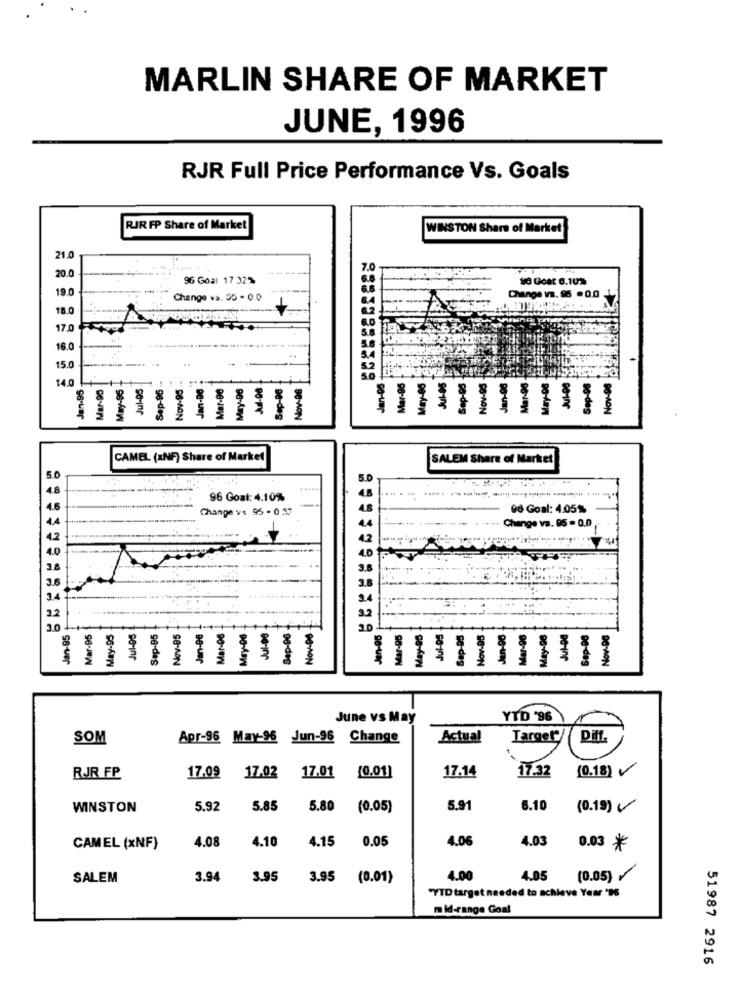
MARLIN SHARE OF MARKET
JUNE, 1996
RJR Full Price Performance Vs. Goals
RIR FP Share of Market
WINSTON Share of Market
21.
20.
96 Goal 17 32%
90 Goat 6.10%
19.0
---
hangs V. 95 . 0.0
Change va. 55 - 0.0
18.0
17.0
16.0
15.0
Jules
Mar-96.
May-08
14.0
Jan-85
Mar-95
May-96
Jul-05
Sep-96
Nov-95
Jan-De-
Mar-90
Mey-08
Ad-08
Sep-96
Nov-06
Jan-06
Mar-96
May-05
Sap-05
Nov-05
Jan-08
Sep-98
Nov-98
CAMEL (INF) Share of Market
SALEM Share of Market
5.0
96 Goal: 4.10%
Change v: 95 - 0 37
96 Goal: 4.05%
hange va. 95 - 0.0
May-06
Jul-08
Sep-96
Jul-05
3.0
Jan-95
Mar-95
May-95
Jul-os
Sep-05
Nov-05
Jan-06
Mar-06
Novos
Mar-95
May-95
Sap-95
Nov-05
Mar-96
May-96
Jul-00
Sep-08
Nov-06
June vs May
YTD '96
SOM
Apr-96 May-96 Jun-96 Change
Actual
Target"/
Diff
17.01
17.14
17:32
(0.18)
RJR FP
17.09
17.02
(0.01)
WINSTON
5.92
5.85
5.80
(0.05)
5.91
6.10
(0.19)
4.10
4.15
0.05
1.06
4.03
CAMEL (xNF)
4.08
0.03 *
SALEM
3.94
3.95
3.95
(0.01)
4.00
4.05
(0.05)
"YTD target needed to achieve Year '9
mid-range Goal
51987 2916